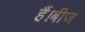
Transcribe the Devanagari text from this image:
हैं।बीज